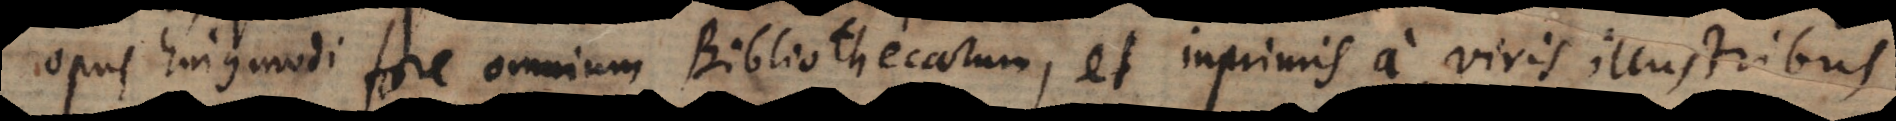
opus hujusmodi fore omnium Bibliothecarum, et inprimis a viris illustribus